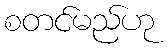
စတင်မည်ဟု